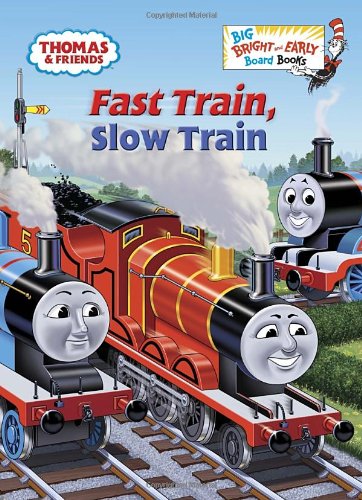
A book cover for Fast Train, Slow Train (Thomas & Friends) (Big Bright & Early Board Book); Rev. W. Awdry; Children's Books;